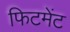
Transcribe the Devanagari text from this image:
फिटमेंट